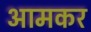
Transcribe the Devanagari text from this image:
आमकर